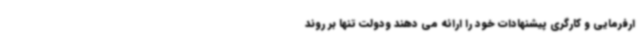
ارفرمایی و کارگری پیشنهادات خود را ارائه می دهند ودولت تنها بر روند